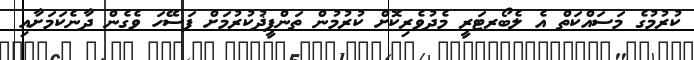
ކުރުމުގެ މަސައްކަތް އެ ލެބޯރޓަރީ މެދުވެރިކޮށް ކުރުމުން ތަންފީޛުކުރުމަށް ފަސޭހަ ވެގެން ދާނެކަމަށާއި